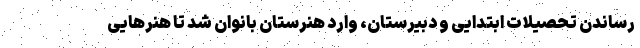
رساندن تحصیلات ابتدایی و دبیرستان، وارد هنرستان بانوان شد تا هنرهایی